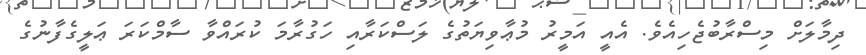
ދިމާލަށް މިސްރާބުޖެހިއެވެ. އެއީ އަމީރު މުޢާވިޔަތުގެ ލަސްކަރާއި ހަގުރާމަ ކުރައްވާ ސާމްކަރަ ޢަލީގެފާނުގެ